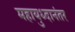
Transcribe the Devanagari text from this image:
महायुध्दानंतर